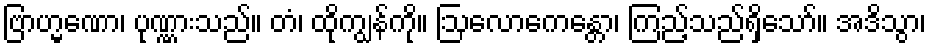
ဗြာဟ္မဏော၊ ပုဏ္ဏားသည်။ တံ၊ ထိုကျွန်ကို။ ဩလောကေန္တော၊ ကြည့်သည်ရှိသော်။ အဒိသွာ၊